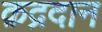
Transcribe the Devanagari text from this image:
क़द्रदान